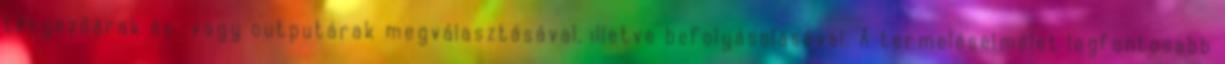
tényezőárak és vagy outputárak megválasztásával, illetve befolyásolásával. A termeléselmélet legfontosabb